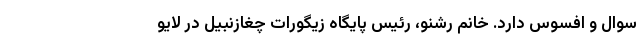
سوال و افسوس دارد. خانم رشنو، رئیس پایگاه زیگورات چغازنبیل در لایو